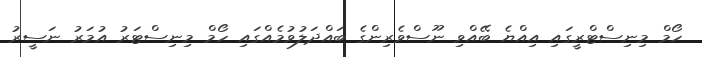
ހޯމް މިނިސްޓްރީގައި އިއްޔެ ބޭއްވި ނޫސްވެރިންގެ ބައްދަލުވުމެއްގައި ހޯމް މިނިސްޓަރު އުމަރު ނަސީރު